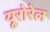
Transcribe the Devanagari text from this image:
यूरोरेल